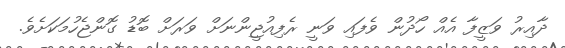
ދާއިރު ވަޒީފާ އެއް ހޯދުން ވެފައި ވަނީ ރެފިއުޖީންނަށް ވަރަށް ބޮޑު ގޮންޖެހުމަކަށެވެ.